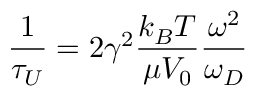
{ \frac { 1 } { \tau _ { U } } } = 2 \gamma ^ { 2 } { \frac { k _ { B } T } { \mu V _ { 0 } } } { \frac { \omega ^ { 2 } } { \omega _ { D } } }